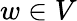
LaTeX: w\in V